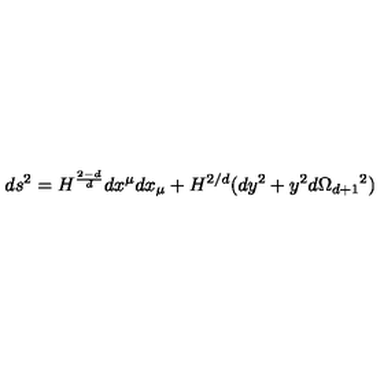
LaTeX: d s ^ { 2 } = H ^ { \frac { 2 - d } { d } } d x ^ { \mu } d x _ { \mu } + H ^ { 2 / d } ( d y ^ { 2 } + y ^ { 2 } d \Omega _ { d + 1 } { } ^ { 2 } )